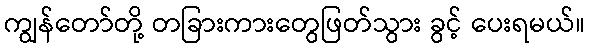
ကျွန်တော်တို့ တခြားကားတွေဖြတ်သွား ခွင့် ပေးရမယ်။